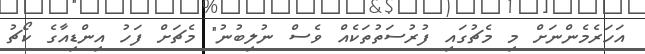
އަހަރެމެންނަށް މި މެޗުގައި ފުރުސަތުތަކެއް ވެސް ނުލިބުނު" މެޗަށް ފަހު އިންޑިއާގެ ކޯޗު